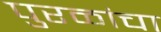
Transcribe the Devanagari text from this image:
पुरळांचा